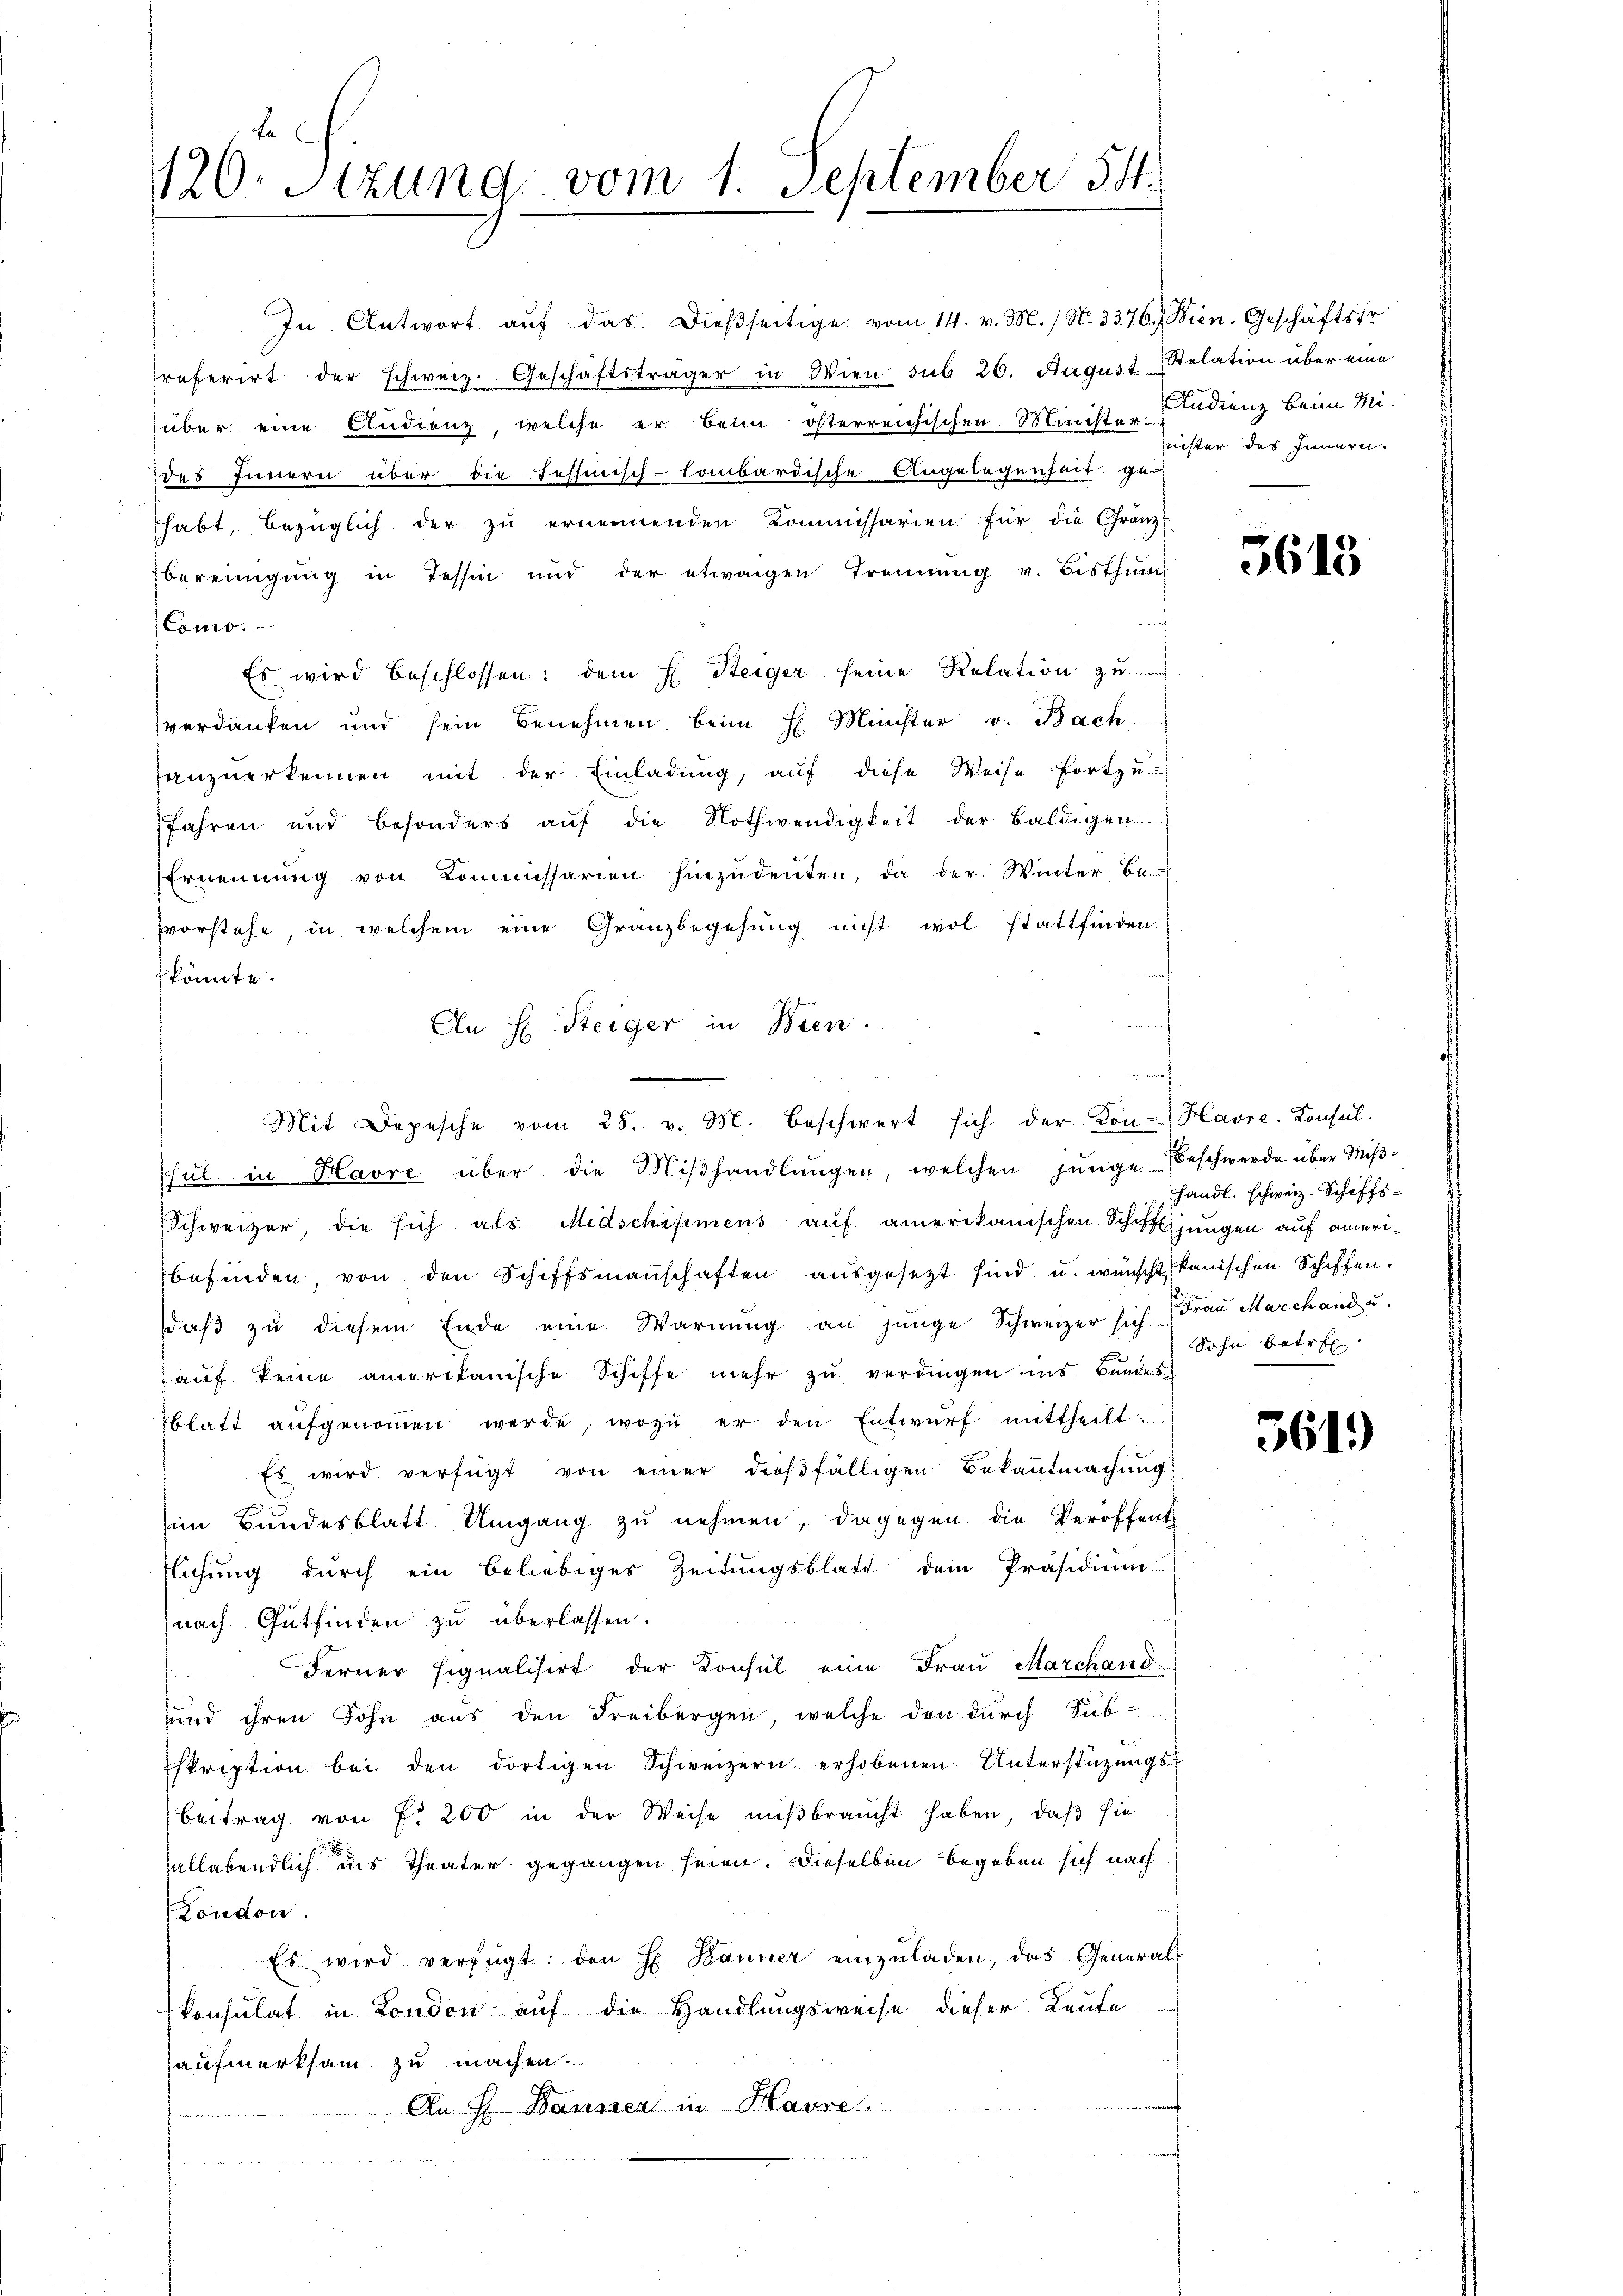
120. Stzung vom 1. September 54.

In Antwort aŭf das dieβseitige vom 14. v. M. / N. 3376. Wien. Geschäftsfr.
referirt der schweiz. Geschäftsträger in Wien sub 26. August Relation über eine
über eine Audienz, welche er beim österreichischen Minister-Fudienz beim Mi-
des Innern über die Tessinisch-lombardische Angelegenheit ge-
habt, bezüglich der zu ernennenden Kommissarien für die Granz-
bereinigung in Tessin und der etwaigen Trennung v. Bisthum
Como.
Es wird beschlossen: dem E. Steiger seine Relation zu
verdanken und sein Benehmen. Beim H. Münster v. Bach
anzuerkennen mit der Einladung, auf diese Weise fortzu-
Jahren und besonders aŭf die Nothwendigkeit der baldigen
Ernennung von Kommissarien hinzudeuten, da der Winter be-
vvorstehe, in welchem eine Granzbegehung nicht wol stattfinden-
könnte.
hŭl in Havre über die Miβhandlŭngen, welchen jünge Beschwerde über Miβ-
Schweizer, die sich als Midschismens auf amerikanischen Schuljungen auf ameribefinden, von den Schiffsmaṅschaften aŭsgesetzt sind u. wünscht, kanischen Schiffen:
daβ zŭ diesem Ende eine Warnung an junge Schweizer sich Frau Marchand u.
aŭf keine amerikanische Schiffe mehr zŭ verdingen ins Bundes
blatt aufgenoṁen werde, wozu er den Entwurf mittheilt.
Es wird verfügt von einer dießfälligen Bekanntmachung
im Bundesblatt Umgang zu nehmen, dagegen die Veröffent
flichung durch ein beliebiges Zeitungsblatt dem Präsidium
nach Gutfinden zu überlassen.
Ferner Eignalisirt der Konsul eine Frau Marchand
sund ihren Sohn aus den Freibergen, welche den durch Sub-
skription bei den dortigen Schweizern erhobenen Unterstützŭngs-
Beitrag von f. 200 in der Weise mißbraucht haben, daß sie
hallabendlich ins Theater gegangen seien. Dieselben begeben sich nach
London.
Es wird verfügt: den H. Banner einzŭladen, das Generals
konsulat in London auf die Handlungsweise dieser Leute
aufmerksam zu machen.
An H. Banner in Havre

An H. Steiger in Bien.
Mit Depesche vom 28. v. M. beschwert sich der Kon- Havre-Konsul-

f

uester des Innern.

5613

händl. schweiz. Schiffs-
Sohn betref

3619